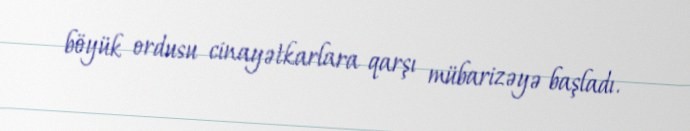
böyük ordusu cinayətkarlara qarşı mübarizəyə başladı.